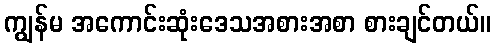
ကျွန်မ အကောင်းဆုံးဒေသအစားအစာ စားချင်တယ်။